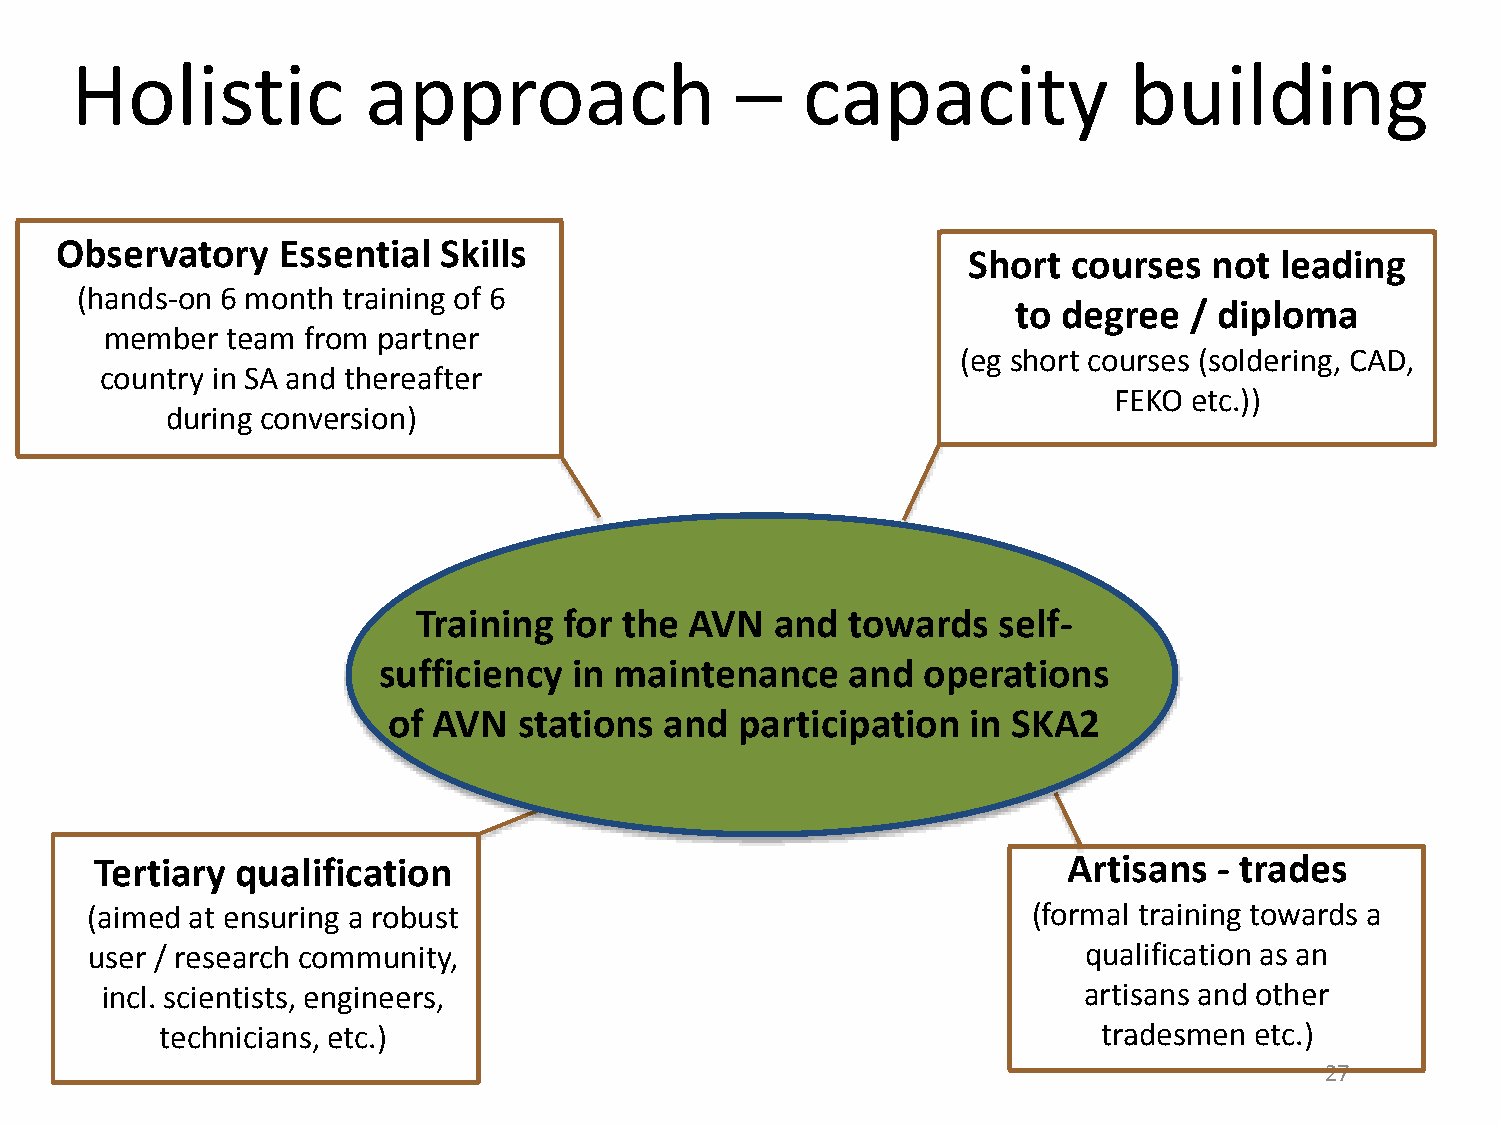
Holistic           approach                 –   capacity              building
 Observatory   Essential  Skills
 Short  courses  not  leading
 (hands-on 6 month training of 6
 to degree   / diploma
 member  team from partner
 (eg short courses (soldering, CAD,
 country in SA and thereafter
 FEKO etc.))
 during conversion)
 Training for the  AVN  and  towards   self-
 sufficiency  in maintenance    and  operations
 of AVN  stations  and  participation  in SKA2
 Tertiary  qualification                                          Artisans  - trades
 (aimed at ensuring a robust                                   (formal training towards a
 user / research community,                                        qualification as an
 incl. scientists, engineers,                                     artisans and other
 technicians, etc.)                                            tradesmen etc.)
 27